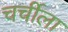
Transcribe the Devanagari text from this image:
चर्चीला